Preliminary report on a parasite found in persons suffering from enlargement of the spleen in India - Number 8
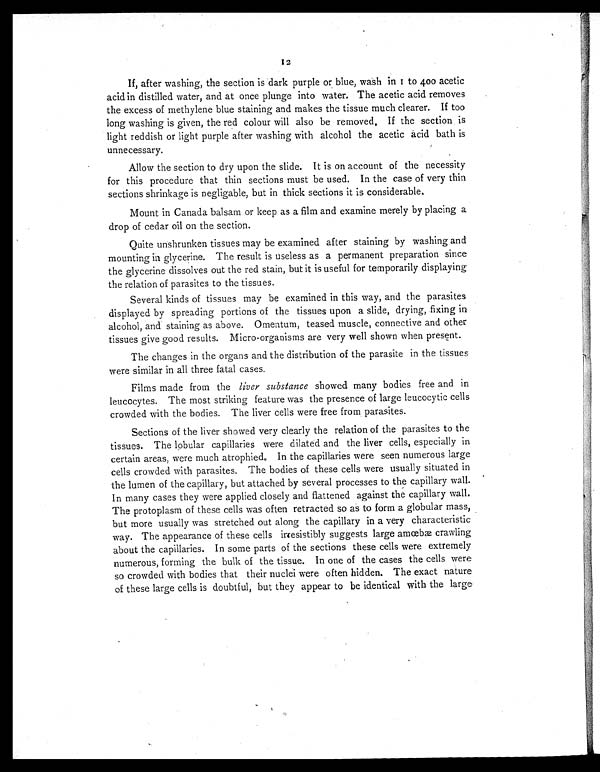
12
If, after washing, the section is dark purple or blue, wash in 1 to 4 0 0
a c e t i c
acid in distilled water, and at once plunge into water. The acetic acid removes
the excess of methylene blue staining and makes the tissue much clearer. If too
long washing is given, the red colour will also be removed, If the section is
light reddish or light purple after washing with alcohol the acetic acid bath is
unnecessary.
Allow the section to dry upon the slide. It is on account of the necessity
for this procedure that thin sections must be used. In the case of very thin
sections shrinkage is negligable, but in thick sections it is considerable.
Mount in Canada balsam or keep as a film and examine merely by placing a
drop of cedar oil on the section.
Quite unshrunken tissues may be examined after staining by washing and
mounting in glycerine. The result is useless as a permanent preparation since
the glycerine dissolves out the red stain, but it is useful for temporarily displaying
the relation of parasites to the tissues.
Several kinds of tissues may be examined in this way, and the parasites
displayed by spreading portions of the tissues upon a slide, drying, fixing in
alcohol, and staining as above. Omentum, teased muscle, connective and other
tissues give good results. Micro-organisms are very well shown when present.
The changes in the organs and the distribution of the parasite in the tissues
were similar in all three fatal cases.
Films made from the liver substance showed many bodies free and in
leucocytes. The most striking feature was the presence of large leucocytic cells
crowded with the bodies. The liver cells were free from parasites.
Sections of the liver showed very clearly the relation of the parasites to the
tissues. The lobular capillaries were dilated and the liver cells, especially in
certain areas, were much atrophied. In the capillaries were seen numerous large
cells crowded with parasites. The bodies of these cells were usually situated in
the lumen of the capillary, but attached by several processes to the capillary wall.
In many cases they were applied closely and flattened against the capillary wall.
The protoplasm of these cells was often retracted so as to form a globular mass,
but more usually was stretched out along the capillary in a very characteristic
way. The appearance of these cells irresistibly suggests large amœbæ crawling
about the capillaries. In some parts of the sections these cells were extremely
numerous, forming the bulk of the tissue. In one of the cases the cells were
so crowded with bodies that their nuclei were often hidden. The exact nature
of these large cells is doubtful, but they appear to be identical with the large